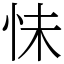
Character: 怽